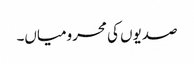
صدیوں کی محرومیاں۔